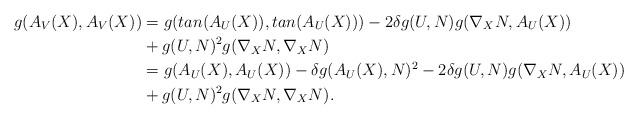
LaTeX: \begin{align*} g(A_V(X),A_V(X))&=g(tan(A_U(X)),tan(A_U(X)))-2\delta g(U,N)g(\nabla_XN,A_U(X))\\&+g(U,N)^2g(\nabla_XN,\nabla_XN)\\&=g(A_U(X),A_U(X))-\delta g(A_U(X),N)^2-2\delta g(U,N)g(\nabla_XN,A_U(X))\\&+g(U,N)^2g(\nabla_XN,\nabla_XN).\end{align*}